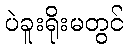
ပဲခူးရိုးမတွင်